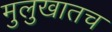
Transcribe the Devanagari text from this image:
मुलुखातच